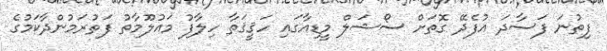
ފިތުނަ ފަސާދަ އުފެދޭ ގޮތަށް ސޯޝަލް މީޑިއާގައި ހަޤީޤަތާ ހިލާފު މައުލޫމާތު ފަތުރަމުންދާކަމުގެ